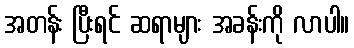
အတန်း ပြီးရင် ဆရာများ အခန်းကို လာပါ။